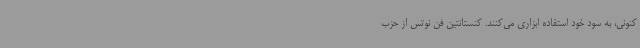
کنونی، به سود خود استفاده ابزاری می‌کنند. کنستانتین فن نوتس از حزب